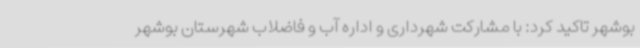
بوشهر تاکید کرد: با مشارکت شهرداری و اداره آب و فاضلاب شهرستان بوشهر